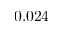
0 . 0 2 4